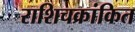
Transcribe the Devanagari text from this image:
राशिचक्रांकित